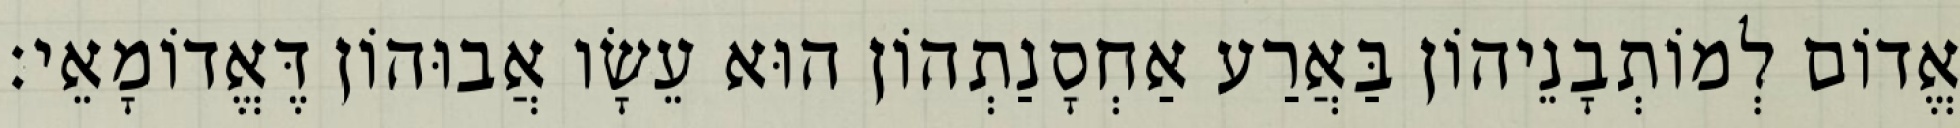
אֱדוֹם לְמוֹתְבָנֵיהוֹן בַּאֲרַע אַחְסָנַתְהוֹן הוּא עֵשָׂו אֲבוּהוֹן דֶּאֱדוֹמָאֵי׃